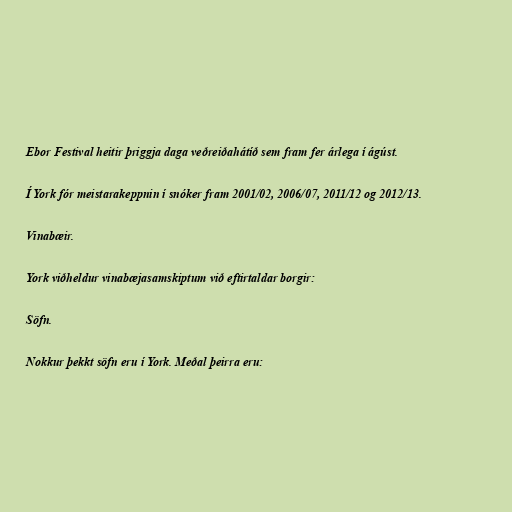
Ebor Festival heitir þriggja daga veðreiðahátíð sem fram fer árlega í ágúst.

Í York fór meistarakeppnin í snóker fram 2001/02, 2006/07, 2011/12 og 2012/13.

Vinabæir.

York viðheldur vinabæjasamskiptum við eftirtaldar borgir:

Söfn.

Nokkur þekkt söfn eru í York. Meðal þeirra eru: